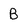
Character: B